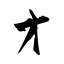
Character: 才